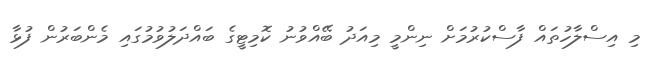
މި އިސްލާހުތައް ފާސްކުރުމަށް ނިންމީ މިއަދު ބޭއްވުނު ކޮމިޓީގެ ބައްދަލުވުމުގައި މެންބަރުން ފުޅާ